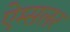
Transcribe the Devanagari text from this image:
ऐम्सलर